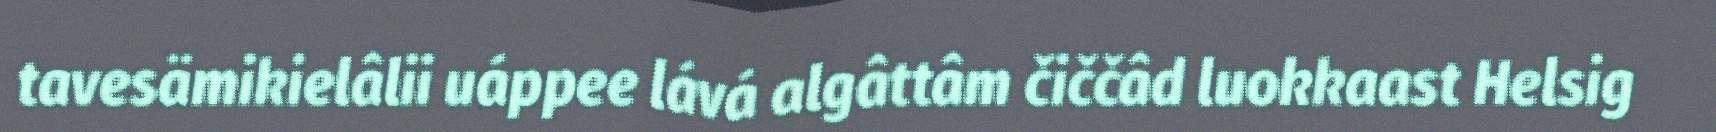
tavesämikielâlii uáppee lává algâttâm čiččâd luokkaast Helsig